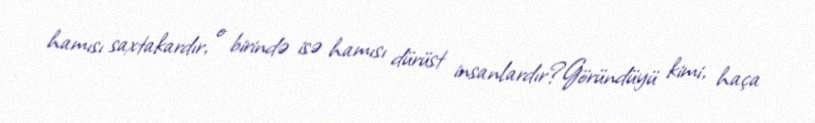
hamısı saxtakardır, o birində isə hamısı dürüst insanlardır?Göründüyü kimi, haça